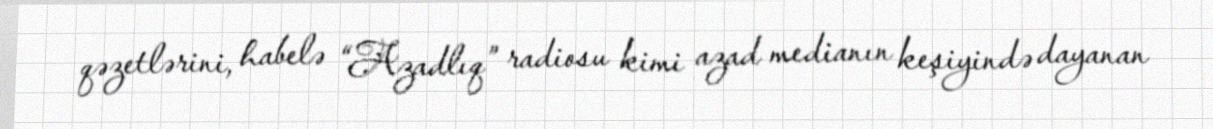
qəzetlərini, habelə “Azadlıq” radiosu kimi azad medianın keşiyində dayanan